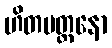
ဟိတမတ္တနော